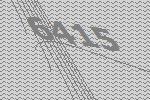
6415